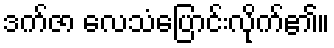
ဒက်ဇာ လေသံပြောင်းလိုက်၏။